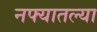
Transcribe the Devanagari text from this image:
नफ्यातल्या